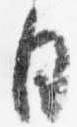
日